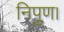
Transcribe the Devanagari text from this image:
निपुण।